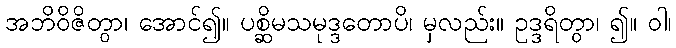
အဘိဝိဇိတွာ၊ အောင်၍။ ပစ္ဆိမသမုဒ္ဒတောပိ၊ မှလည်း။ ဥဒ္ဒရိတွာ၊ ၍။ ဝါ၊